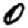
Digit: 0